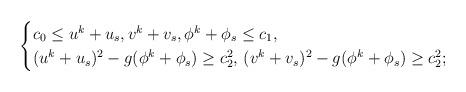
LaTeX: \begin{align*}\begin{cases}c_0 \leq u^k+u_s,v^k+v_s,\phi^k+\phi_s \leq c_1,\\(u^k+u_s)^2 - g(\phi^k+\phi_s)\geq c_2^2,\,(v^k+v_s)^2 - g(\phi^k+\phi_s)\geq c_2^2;\end{cases}\end{align*}